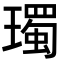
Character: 㻿